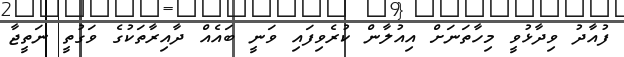
ފުއާދު ވިދާޅުވީ މިހާތަނަށް އިއުލާން ކުރެވިފައި ވަނީ ބައެއް ދާއިރާތަކުގެ ވަގުތީ ނަތީޖާ